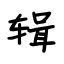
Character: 辑